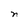
Character: n